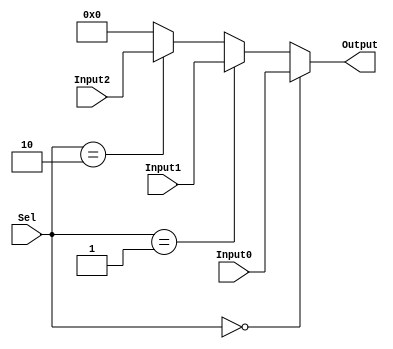
module Selector3
  #(
      parameter bits = 16
  )
  (
      input wire [1:0] Sel ,
      input wire [bits-1 : 0] Input0 ,
      input wire [bits-1 : 0] Input1 ,
      input wire [bits-1 : 0] Input2 ,
      output wire [bits-1 : 0] Output
  );

assign Output = (Sel == 2'b00)? Input0 : 
                (Sel == 2'b01)? Input1 : 
                (Sel == 2'b10)? Input2 : 
                /*default*/     0;

endmodule